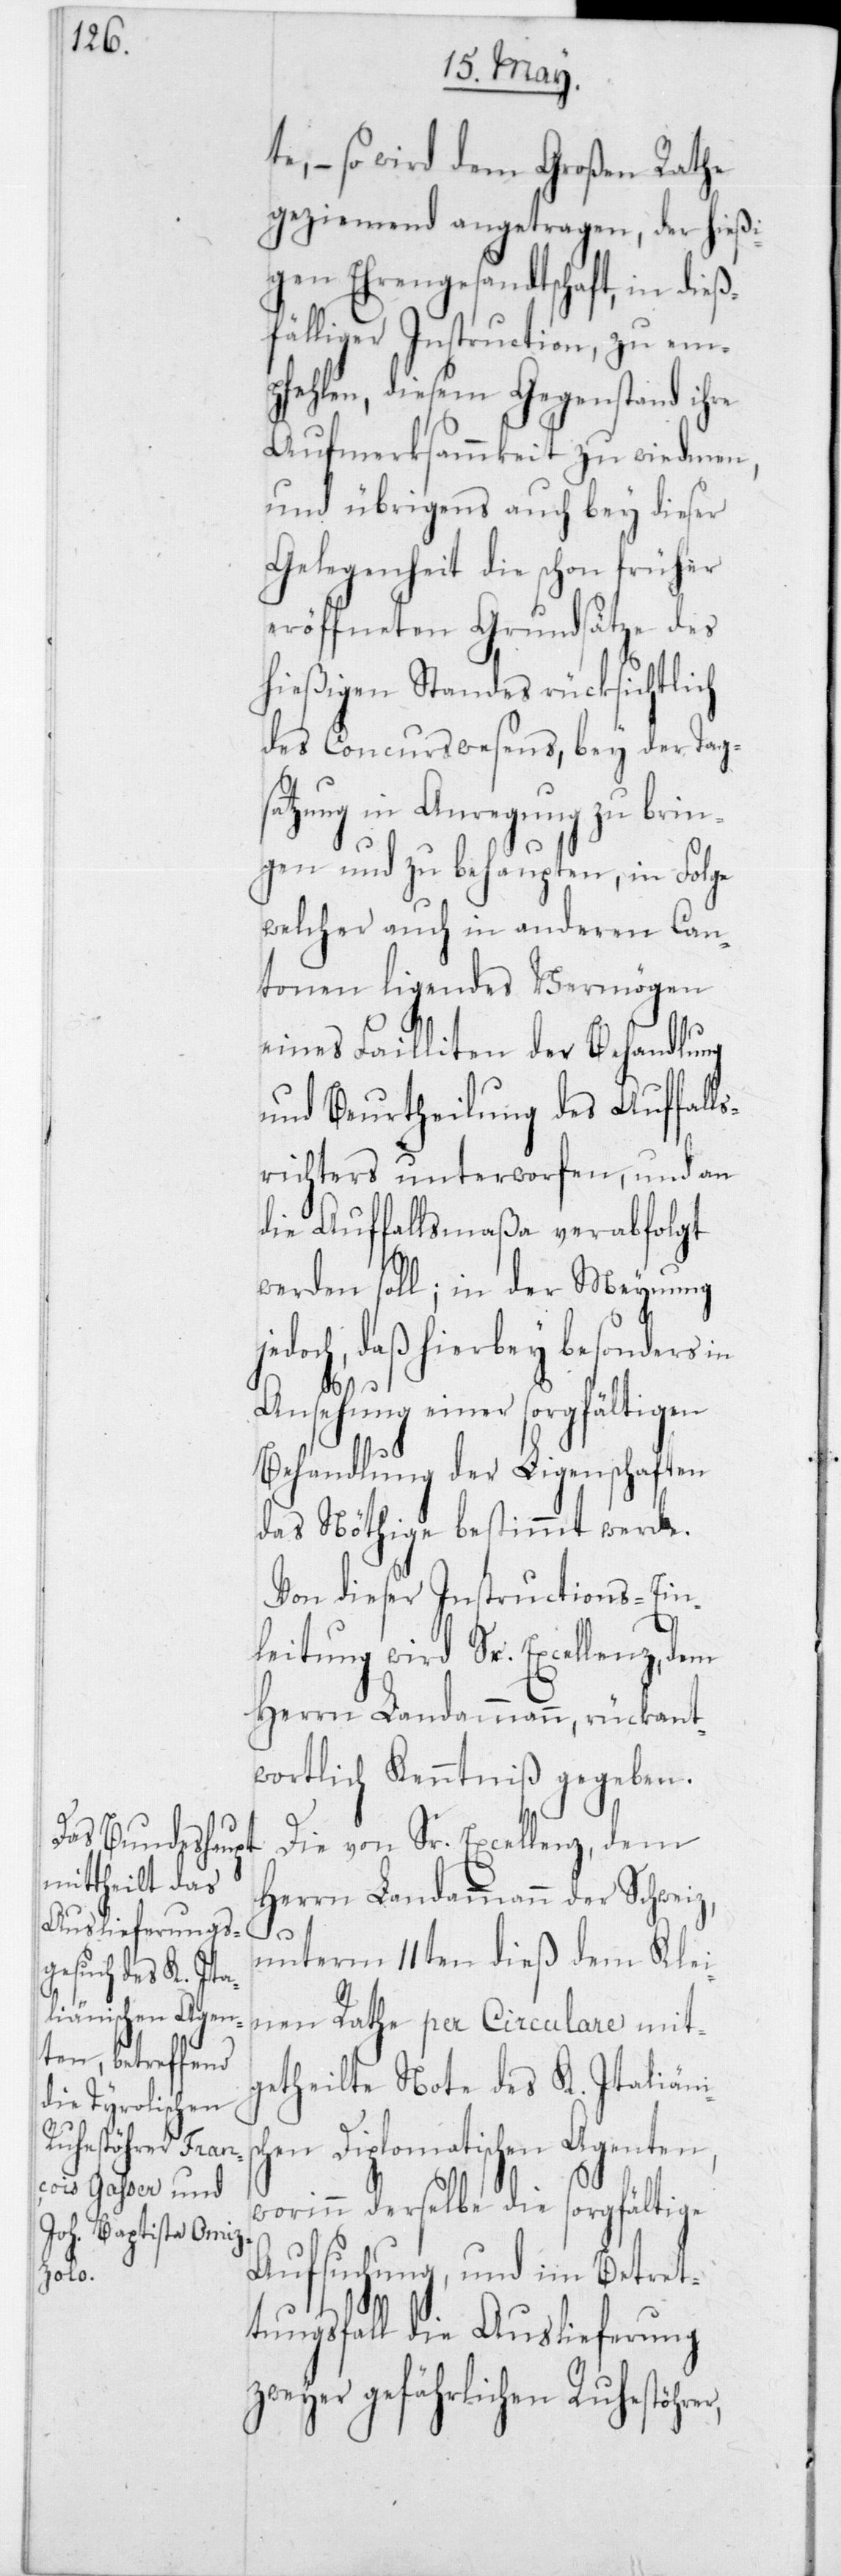
te, – so wird dem Großen Rathe
geziemend angetragen, der hießi¬
gen Ehrengesandtschaft, in dieß¬
fälliger Instruction, zu em¬
pfehlen, diesem Gegenstand ihre
Aufmerksammkeit zu widmen,
und übrigens auch bey dieser
Gelegenheit die schon früher
eröffneten Grundsätze des
hießigen Standes rücksichtlich
des Concurswesens, bey der Tags¬
atzung in Anregung zu brin¬
gen und zu behaupten, in Folge
welcher auch in anderen Can¬
tonen ligendes Vermögen
eines Failliten der Behandlung
und Beurtheilung des Auffall¬
srichters unterworfen, und an
die Auffallmaßa verabfolgt
werden soll; in der Meynung
doch, daß hierbey besonders
Ansehung einer sorgfältigen
Behandlung der Ligenschaften
das Nöthige bestimmt werde.
Von dieser Instructions-Ein¬
leitung wird Sr. Excellenz, dem
Herrn Landammann, rückant¬
wortlich Kenntniß gegeben.
Die von Sr. Excellenz, dem
Herrn Landammann der Schweiz,
w¬
unterm 11ten dieß dem Klei¬
nen Rathe per Circulare mit¬
getheilt Note des K. Italiäni¬
en Diplomatischen Agenten,
orinn derselbe die sorgfältige
Aufsuchung, und im Betret¬
tungsfall die Auslieferung
zweyer gefährlichen Ruhestörer,